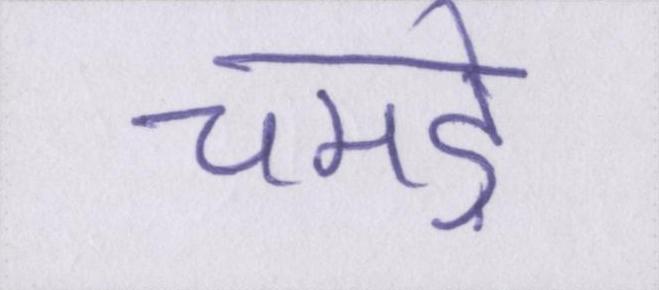
चमड़े